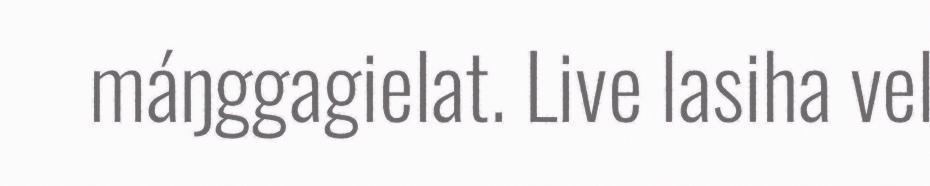
máŋggagielat. Live lasiha vel